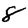
Digit: 8